Civil Veterinary Department ledger series I-VI
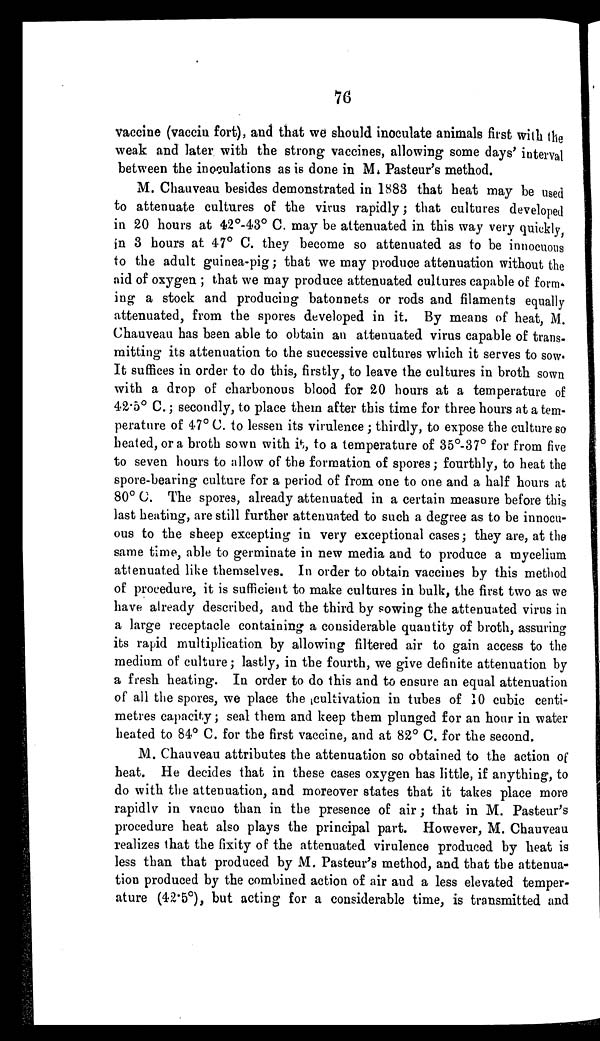
76
vaccine (vaccin fort), and that we should inoculate animals first with the
weak and later with the strong vaccines, allowing some days' interval
between the inoculations as is done in M. Pasteur's method.
M. Chauveau besides demonstrated in 1883 that heat may be used
to attenuate cultures of the virus rapidly; that cultures developed
in 20 hours at 42°-43° C. may be attenuated in this way very quickly
in 3 hours at 47° C. they become so attenuated as to be innocuous
to the adult guinea-pig; that we may produce attenuation without the
aid of oxygen ; that we may produce attenuated cultures capable of form
ing a stock and producing batonnets or rods and filaments equally
attenuated, from the spores developed in it. By means of heat, M.
Chauveau has been able to obtain an attenuated virus capable of trans-
mitting its attenuation to the successive cultures which it serves to sow.
It suffices in order to do this, firstly, to leave the cultures in broth sown
with a drop of charbonous blood for 20 hours at a temperature of
42.5° C.; secondly, to place them after this time for three hours at a tem-
perature of 47° C. to lessen its virulence ; thirdly, to expose the culture so
heated, or a broth sown with it, to a temperature of 35°-37° for from five
to seven hours to allow of the formation of spores; fourthly, to heat the
spore-bearing culture for a period of from one to one and a half hours at
80° C. The spores, already attenuated in a certain measure before this
last heating, are still further attenuated to such a degree as to be innocu-
ous to the sheep excepting in very exceptional cases; they are, at the
same time, able to germinate in new media and to produce a mycelium
attenuated like themselves. In order to obtain vaccines by this method
of procedure, it is sufficient to make cultures in bulk, the first two as we
have already described, and the third by sowing the attenuated virus in
a large receptacle containing a considerable quantity of broth, assuring
its rapid multiplication by allowing filtered air to gain access to the
medium of culture; lastly, in the fourth, we give definite attenuation by
a fresh heating. In order to do this and to ensure an equal attenuation
of all the spores, we place the cultivation in tubes of 10 cubic centi-
metres capacity; seal them and keep them plunged for an hour in water
heated to 84° C. for the first vaccine, and at 82° C. for the second.
M. Chauveau attributes the attenuation so obtained to the action of
heat. He decides that in these cases oxygen has little, if anything, to
do with the attenuation, and moreover states that it takes place more
rapidly in vacuo than in the presence of air ; that in M. Pasteur's
procedure heat also plays the principal part. However, M. Chauveau
realizes that the fixity of the attenuated virulence produced by heat is
less than that produced by M. Pasteur's method, and that the attenua-
tion produced by the combined action of air and a less elevated temper-
ature (42.5°), but acting for a considerable time, is transmitted and